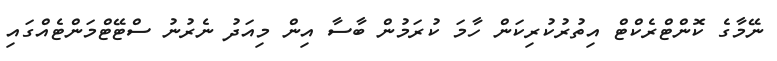
ނޭމާގެ ކޮންޓްރެކްޓް އިތުރުކުރިކަން ހާމަ ކުރަމުން ބާސާ އިން މިއަދު ނެރުނު ސްޓޭޓްމަންޓެއްގައި